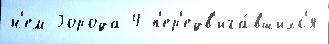
н'ем Города 4 п'ер'едв'ига́вшихс'я